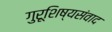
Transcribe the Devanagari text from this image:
गुरूशिष्यसंवाद